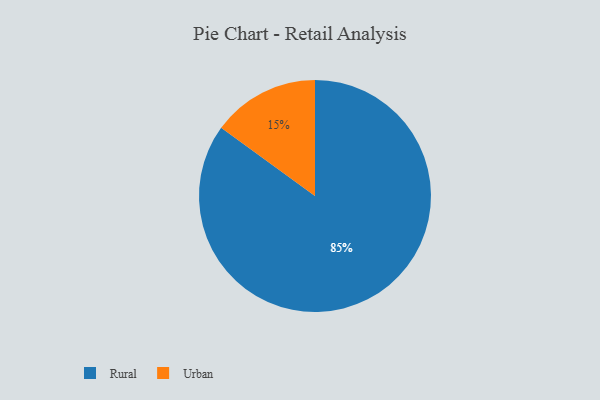
{"axis": {"x": "Category", "y": "Percentage"}, "legend": ["Rural", "Urban"], "data": [{"x": "Urban", "y": 15, "type": "Urban"}, {"x": "Rural", "y": 85, "type": "Rural"}]}